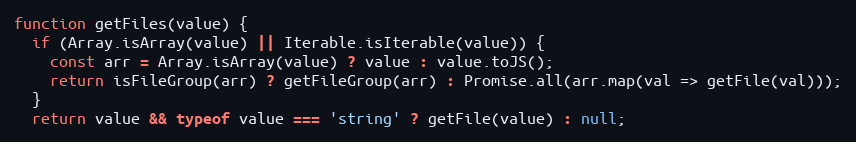
Language: JavaScript
function getFiles(value) {
  if (Array.isArray(value) || Iterable.isIterable(value)) {
    const arr = Array.isArray(value) ? value : value.toJS();
    return isFileGroup(arr) ? getFileGroup(arr) : Promise.all(arr.map(val => getFile(val)));
  }
  return value && typeof value === 'string' ? getFile(value) : null;